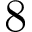
8